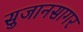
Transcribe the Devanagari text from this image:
सुजानसागर